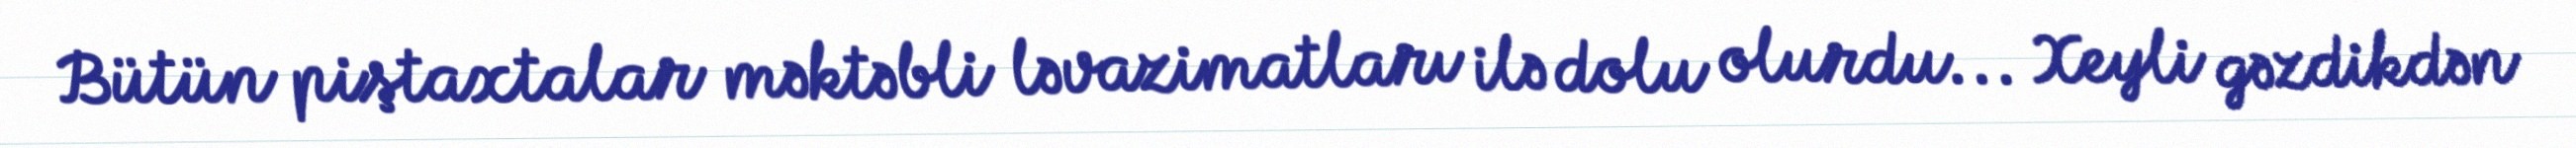
Bütün piştaxtalar məktəbli ləvazimatları ilə dolu olurdu... Xeyli gəzdikdən